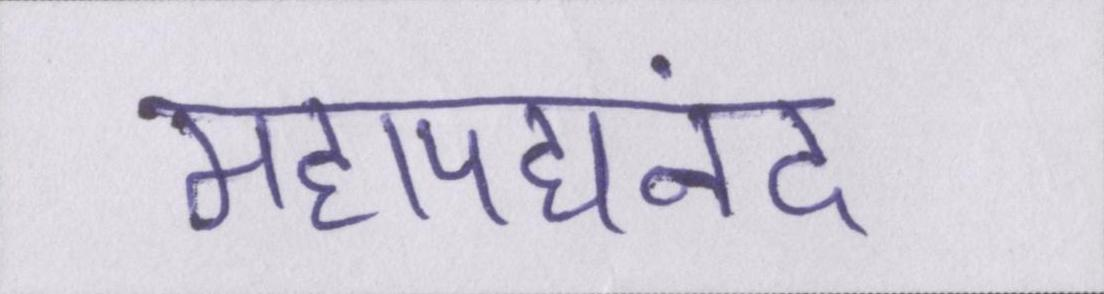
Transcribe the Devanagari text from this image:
महापद्यनंद